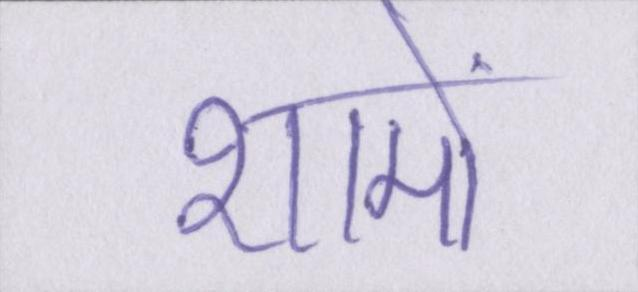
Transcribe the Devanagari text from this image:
शामों